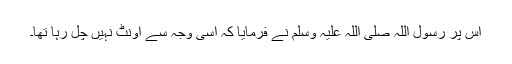
اس پر رسول اللہ صلی اللہ علیہ وسلم نے فرمایا کہ اسی وجہ سے اونٹ نہیں چل رہا تھا۔